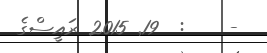
-    :  19